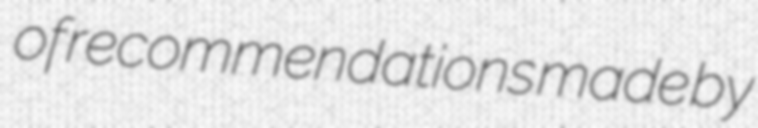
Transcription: of recommendations made by